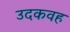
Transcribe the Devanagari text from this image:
उदकवह